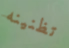
تظنينه